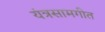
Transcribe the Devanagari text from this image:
यंत्रसामगीत